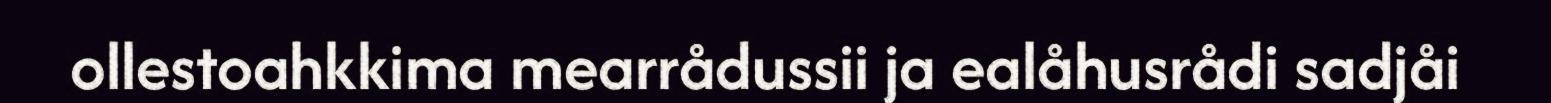
ollestoahkkima mearrådussii ja ealåhusrådi sadjåi